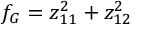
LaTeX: f _ { G } = z _ { 1 1 } ^ { 2 } + z _ { 1 2 } ^ { 2 }